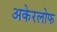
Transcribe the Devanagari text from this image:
अकेरलोफ